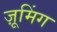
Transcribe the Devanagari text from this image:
ज़ूमिंग